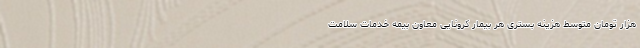
هزار تومان متوسط هزینه بستری هر بیمار کرونایی معاون بیمه خدمات سلامت